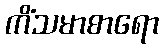
ကိံသမာစာရော